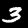
Digit: 3